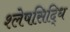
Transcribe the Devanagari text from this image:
श्लेषसिद्धि